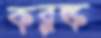
করঙ্ক